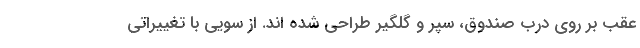
عقب بر روی درب صندوق، سپر و گلگیر طراحی شده اند. از سویی با تغییراتی